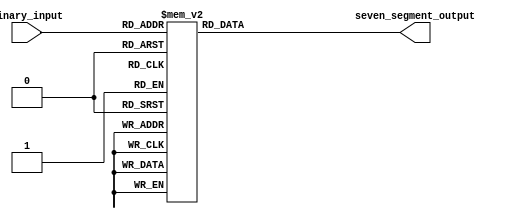
module BCD_decoder(
    input [3:0] binary_input,
    output reg [6:0] seven_segment_output
);

always @(*)
begin
    case(binary_input)
        4'b0000: seven_segment_output = 7'b1111110;  // 0
        4'b0001: seven_segment_output = 7'b0110000;  // 1
        4'b0010: seven_segment_output = 7'b1101101;  // 2
        4'b0011: seven_segment_output = 7'b1111001;  // 3
        4'b0100: seven_segment_output = 7'b0110011;  // 4
        4'b0101: seven_segment_output = 7'b1011011;  // 5
        4'b0110: seven_segment_output = 7'b1011111;  // 6
        4'b0111: seven_segment_output = 7'b1110000;  // 7
        4'b1000: seven_segment_output = 7'b1111111;  // 8
        4'b1001: seven_segment_output = 7'b1111011;  // 9
        default: seven_segment_output = 7'bXXXXXXX;   // invalid input
    endcase
end

endmodule